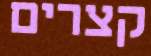
קצרים